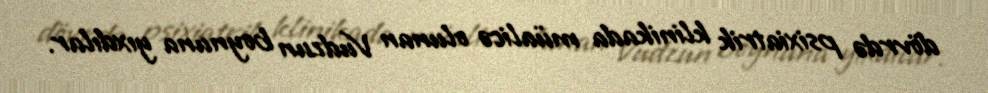
dövrdə psixiatrik klinikada müalicə olunan Vudzun boynuna yıxdılar.